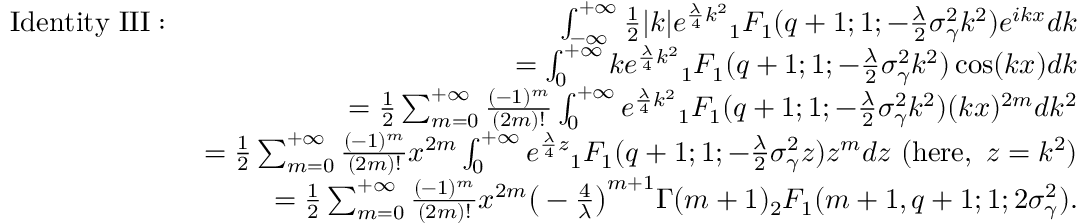
\begin{array} { r l r } & { \mathrm { I d e n t i t y \ I I I : } \ } & { \int _ { - \infty } ^ { + \infty } \frac { 1 } { 2 } | k | e ^ { \frac { \lambda } { 4 } k ^ { 2 } } { _ 1 F _ { 1 } } ( q + 1 ; 1 ; - \frac { \lambda } { 2 } \sigma _ { \gamma } ^ { 2 } k ^ { 2 } ) e ^ { i k x } d k } \\ & { } & { = \int _ { 0 } ^ { + \infty } k e ^ { \frac { \lambda } { 4 } k ^ { 2 } } { _ 1 F _ { 1 } } ( q + 1 ; 1 ; - \frac { \lambda } { 2 } \sigma _ { \gamma } ^ { 2 } k ^ { 2 } ) \cos ( k x ) d k } \\ & { } & { = \frac { 1 } { 2 } \sum _ { m = 0 } ^ { + \infty } \frac { ( - 1 ) ^ { m } } { ( 2 m ) ! } \int _ { 0 } ^ { + \infty } e ^ { \frac { \lambda } { 4 } k ^ { 2 } } { _ 1 F _ { 1 } } ( q + 1 ; 1 ; - \frac { \lambda } { 2 } \sigma _ { \gamma } ^ { 2 } k ^ { 2 } ) ( k x ) ^ { 2 m } d k ^ { 2 } } \\ & { } & { = \frac { 1 } { 2 } \sum _ { m = 0 } ^ { + \infty } \frac { ( - 1 ) ^ { m } } { ( 2 m ) ! } x ^ { 2 m } \int _ { 0 } ^ { + \infty } e ^ { \frac { \lambda } { 4 } z } { _ 1 F _ { 1 } } ( q + 1 ; 1 ; - \frac { \lambda } { 2 } \sigma _ { \gamma } ^ { 2 } z ) z ^ { m } d z \ ( \mathrm { h e r e } , \ z = k ^ { 2 } ) } \\ & { } & { = \frac { 1 } { 2 } \sum _ { m = 0 } ^ { + \infty } \frac { ( - 1 ) ^ { m } } { ( 2 m ) ! } x ^ { 2 m } \big ( - \frac { 4 } { \lambda } \big ) ^ { m + 1 } \Gamma ( m + 1 ) { _ 2 F _ { 1 } } ( m + 1 , q + 1 ; 1 ; 2 \sigma _ { \gamma } ^ { 2 } ) . } \end{array}